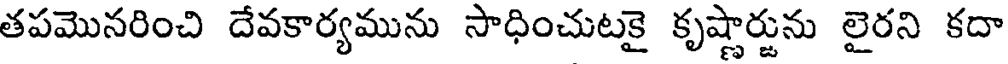
తపమొనరించి దేవకార్యమును సాధించుటకై కృష్ణార్జును లైరని కదా